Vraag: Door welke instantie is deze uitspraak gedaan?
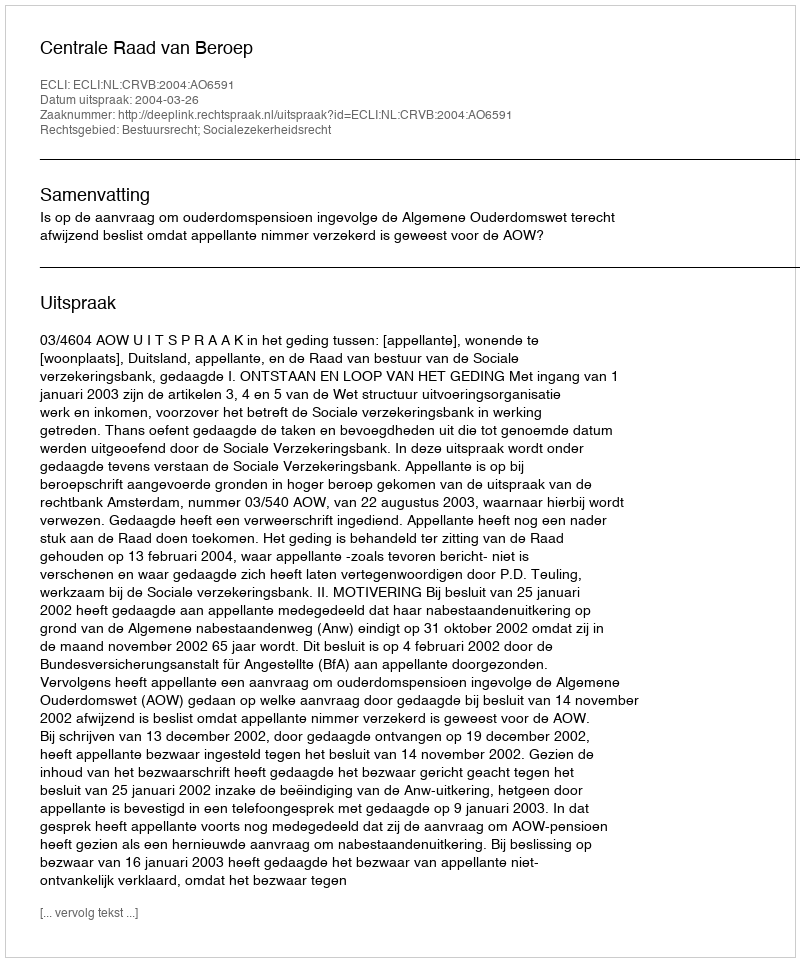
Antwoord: Centrale Raad van Beroep